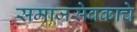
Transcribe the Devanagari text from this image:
समाजसेवकाचे